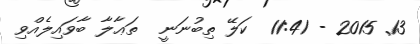
13